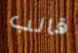
قالب